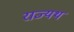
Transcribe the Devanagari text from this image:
राज्यथ